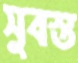
সুবস্ত